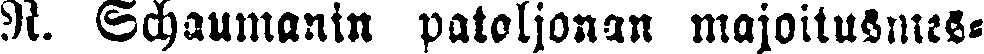
R. Schaumanin pataljonan majoitusmes-